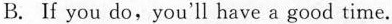
B. If you do,you'll have a good time.